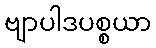
ဗျာပါဒပစ္စယာ